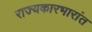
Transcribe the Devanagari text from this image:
राज्यकारभारांत